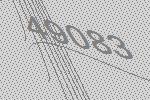
49083